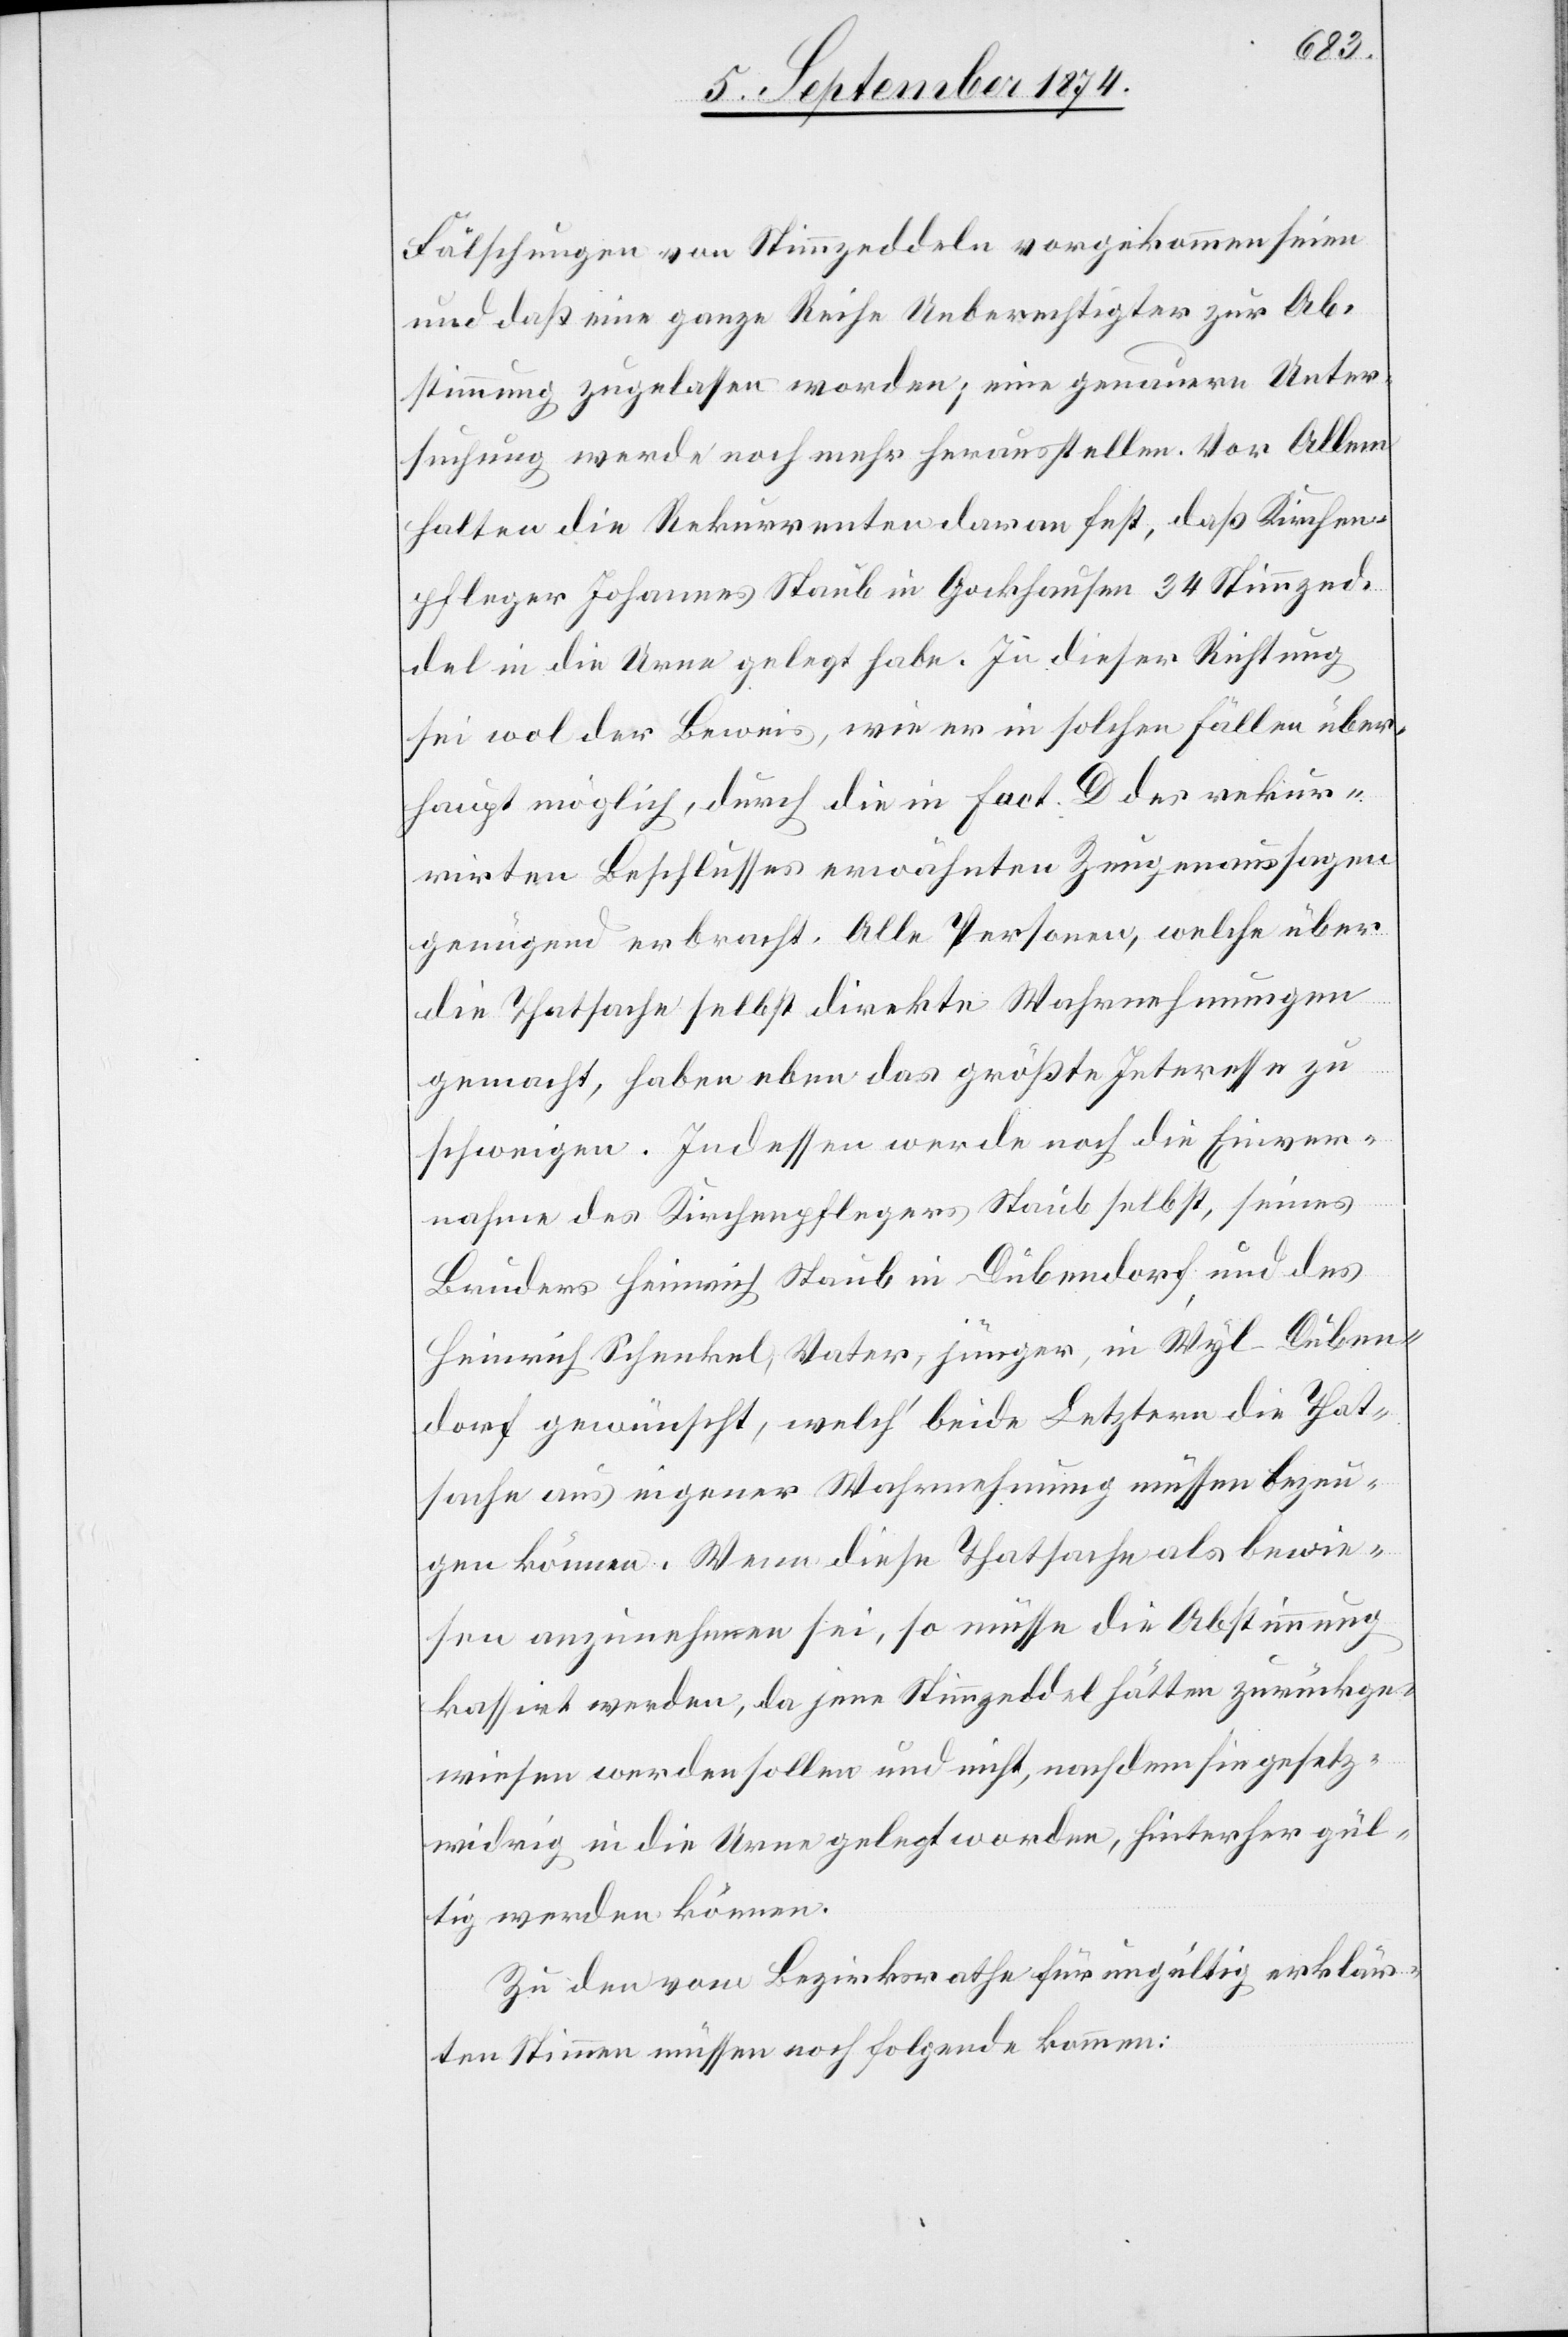
Fälschungen von Stimmzeddeln vorgekommen seien
und daß eine ganze Reihe Unberechtigter zur Ab¬
stimmung zugelassen worden; eine genaue Unter¬
suchung werde noch mehr herausstellen. Vor Allem
halten die Rekurrenten daran fest, daß Kirchen¬
pfleger Johannes Staub in Gockhausen 34 Stimmzed¬
del in die Urne gelegt habe. In dieser Richtung
sei wol der Beweis, wie er in solchen Fällen über¬
haupt möglich, durch die in fact. D des rekur¬
rirten Beschlusses erwähnten Zeugenaussagen
genügend erbracht [sic!]. Alle Personen, welche über
die Thatsache selbst direkte Wahrnehmungen
gemacht, haben eben das größte Interesse zu
schweigen. Indessen werde noch die Einver¬
nahme des Kirchenpflegers Staub selbst, seines
Bruders Heinrich Staub in Dübendorf und des
Heinrich Schenkel, Vater, jünger, in Wyl - Düben¬
dorf gewünscht, welch‘ beide Letztern die That¬
sache aus eigener Wahrnehmung müssen bezeu¬
gen können. Wenn diese Thatsache als bewie¬
sen anzunehmen sei, so müsse die Abstimmung
kassirt werden, da jene Stimmzeddel hätten zurückge¬
wiesen werden sollen und nicht, nachdem sie gesetz¬
widrig in die Urne gelegt worden, hinterher gül¬
tig werden können.
Zu den vom Bezirksrathe für ungültig erklär¬
ten Stimmen müssen noch folgende kommen: